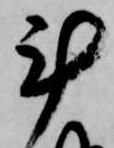
計